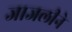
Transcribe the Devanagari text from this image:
जाजलीने